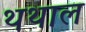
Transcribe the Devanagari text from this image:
थथाल